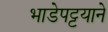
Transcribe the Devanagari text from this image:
भाडेपट्टयाने